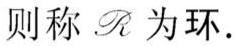
则称 $\mathcal{R}$ 为环.